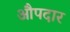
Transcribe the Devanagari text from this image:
औपदार